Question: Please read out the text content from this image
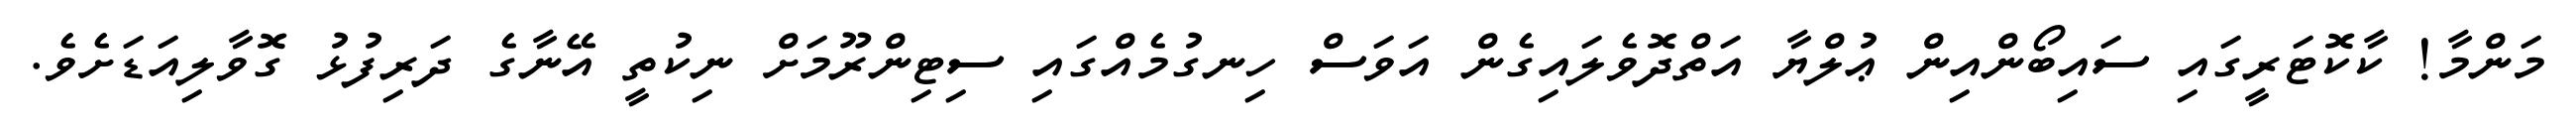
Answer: މަންމާ! ކާކޮޓަރީގައި ސައިބޯންއިން ޢުލްޔާ އަތްދޮވެލައިގެން އަވަސް ހިނގުމެއްގައި ސިޓިންރޫމަށް ނިކުތީ އޭނާގެ ދަރިފުޅު ގޮވާލިއަޑަށެވެ.